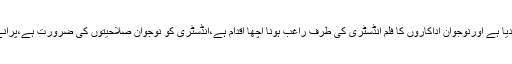
انہوں نے کہا کہ اس وقت پاکستان فلم انڈسٹری میں نوجوان نسل نے قدم رکھ دیا ہے اورنوجوان اداکاروں کا فلم انڈسٹری کی طرف راغب ہونا اچھا اقدام ہے،انڈسٹری کو نوجوان صلاحیتوں کی ضرورت ہے،پرانے ہیروز کو نوجوانوں کی صلاحیتیں نکھارنے کیلئے ان کی مدد کرنا ہو گی۔